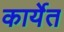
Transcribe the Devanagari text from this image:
कार्येत